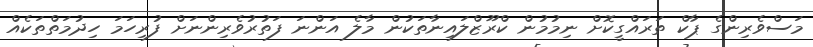
މަސްވެރިންގެ ޕާކް ތަރައްގީކޮށް ނިމުމުން ކްރޫޒްލައިނާތަކުން މާލެ އަންނަ ފަތުރުވެރިންނަށް ފުރިހަމަ ހިދުމަތްތަކެއް